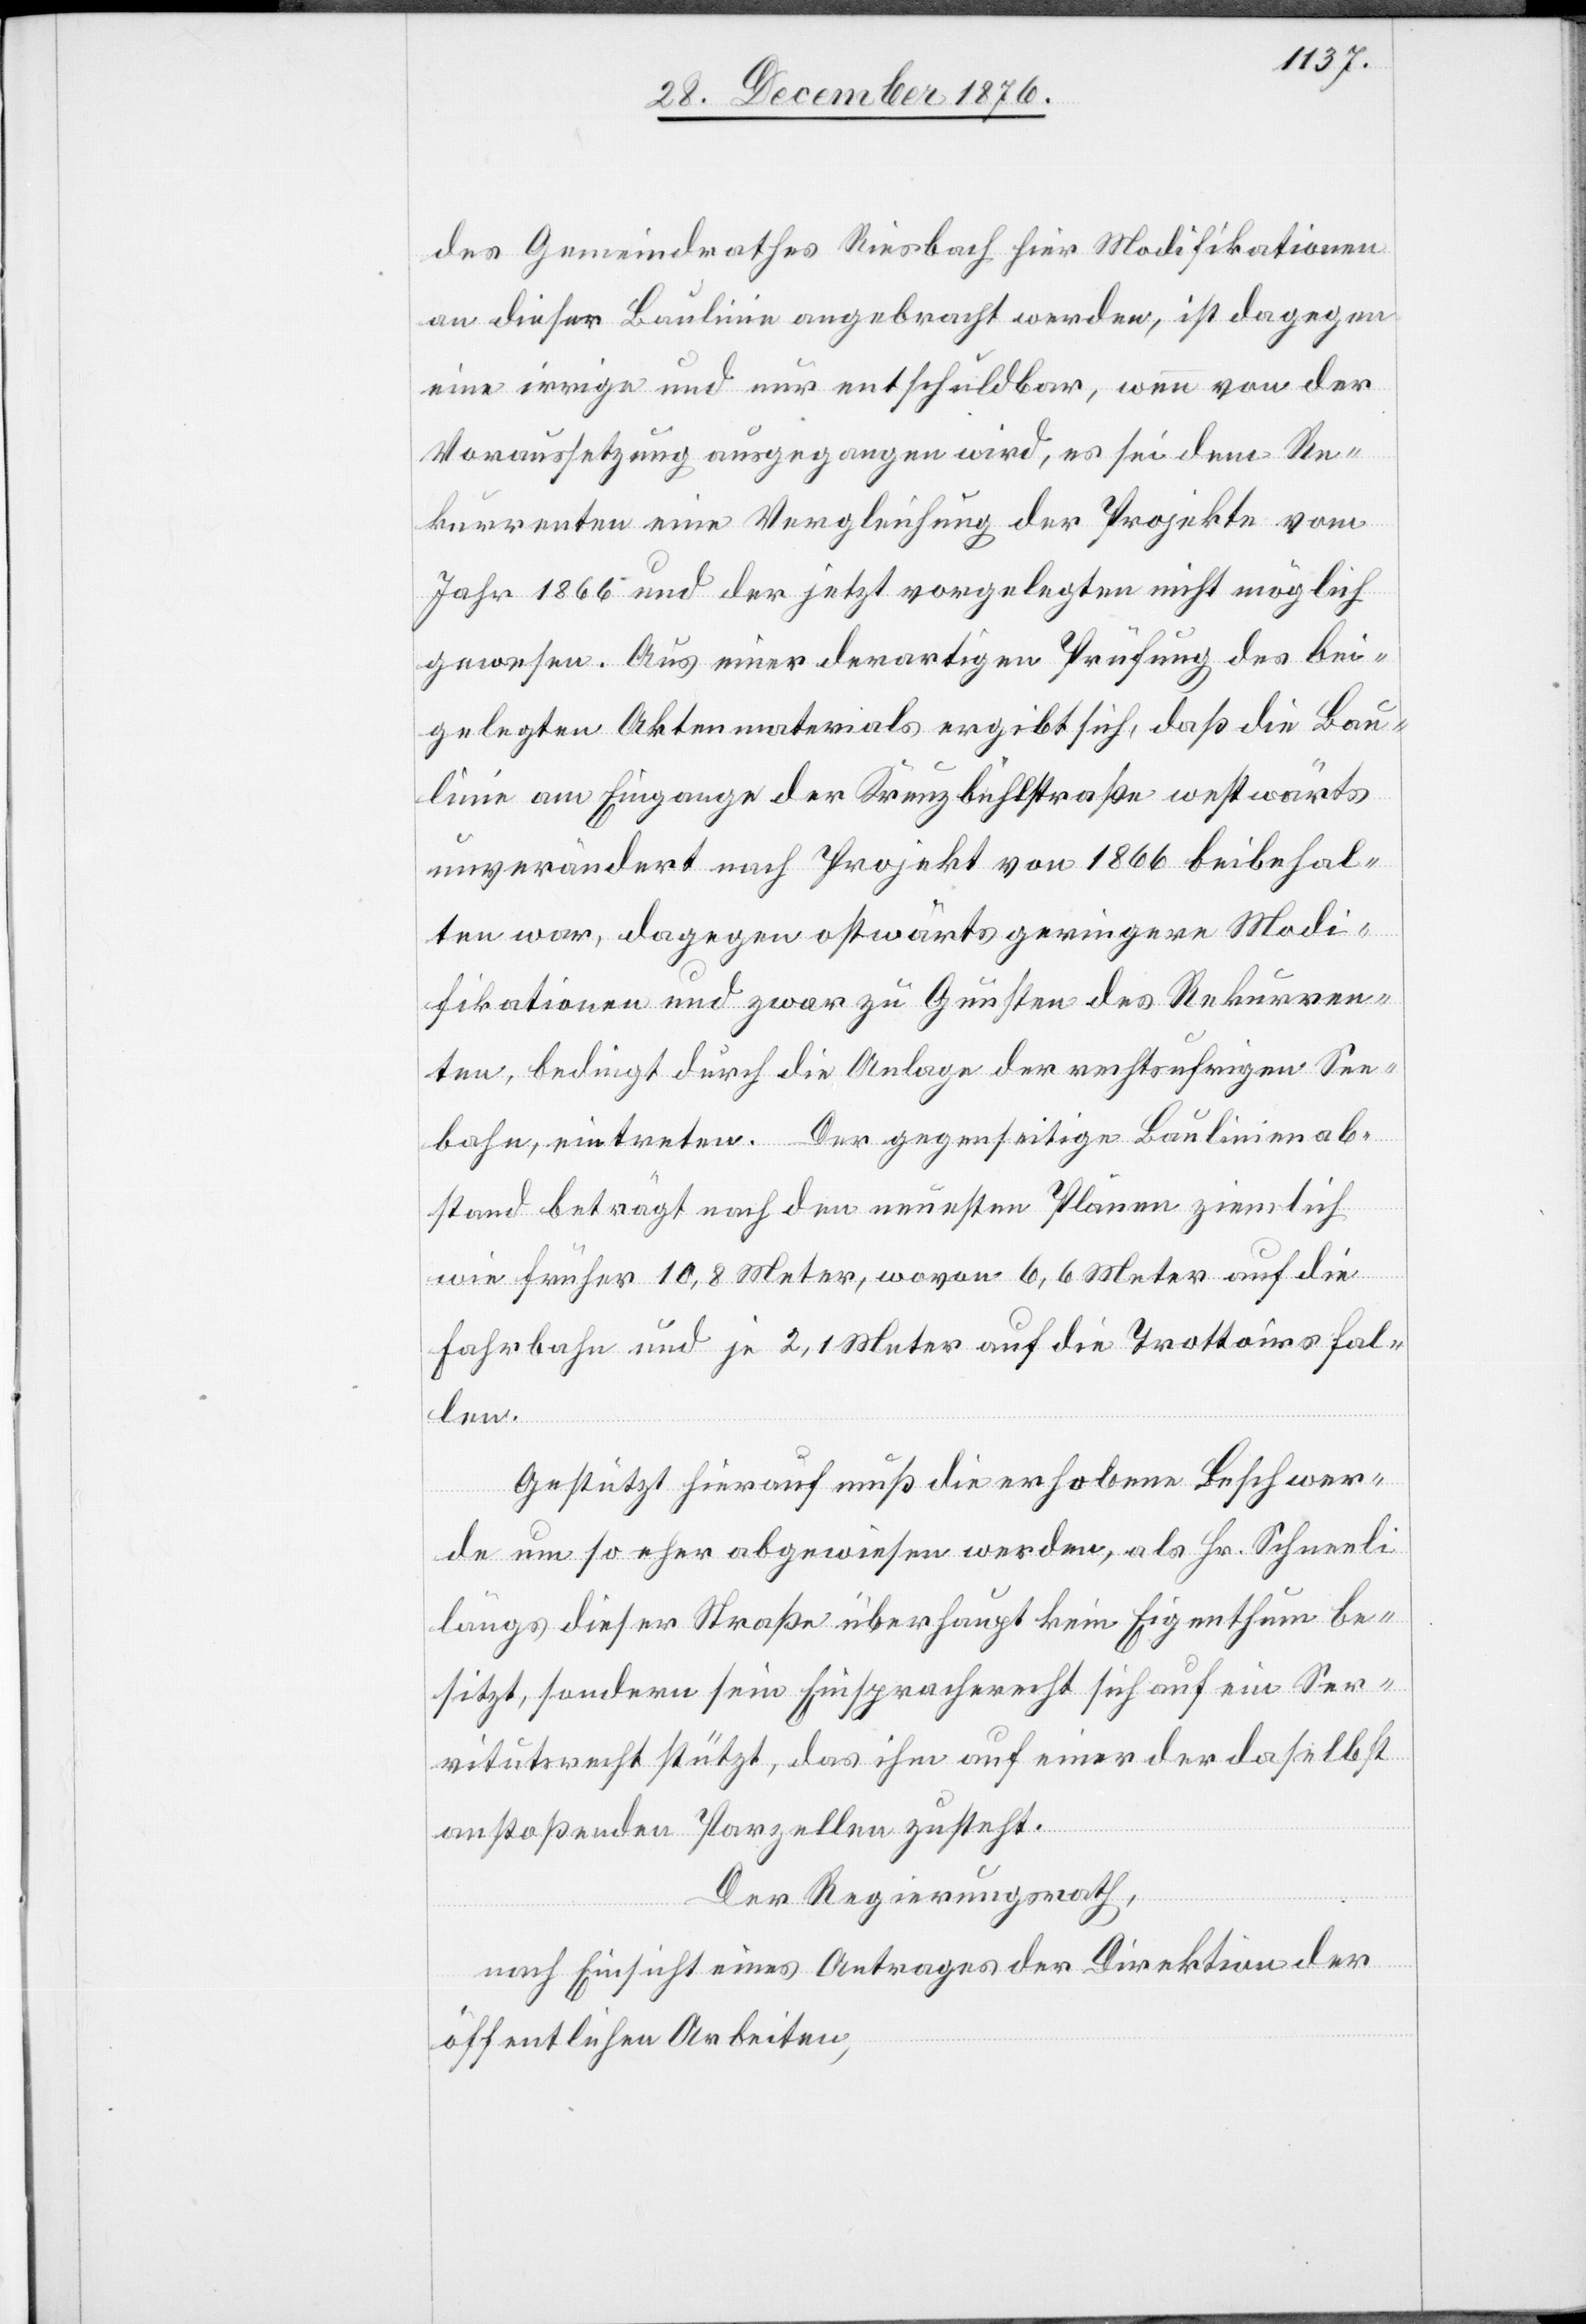
des Gemeindrathes Riesbach hier Modifikationen
an dieser Baulinie angebracht werden [recte: worden],
eine irrige und nur entschuldbar, wenn von der
Voraussetzung ausgegangen wird, es sei dem Re¬
kurrenten eine Vergleichung der Projekte vom
Jahr 1866 und der jetzt vorgelegten nicht möglich
gewesen. Aus einer derartigen Prüfung des bei¬
gelegten Aktenmaterials ergibt sich, daß die Bau¬
linie am Eingange der Kreuzbühlstraße westwärts
unverändert nach Projekt von 1866 beibehal¬
ten war, dagegen ostwärts geringere Modi¬
fikationen und zwar zu Gunsten des Rekurren¬
ten, bedingt durch die Anlage der rechtsufrigen See¬
bahn, eintreten. Der gegenseitige Baulinienab¬
stand beträgt nach den neuesten Plänen ziemlich
wie früher 10,8 Meter, wovon 6,6 Meter auf die
Fahrbahn und je 2,1 Meter auf die Trottoirs fal¬
len.
Gestützt hierauf muß die erhobene Beschwer¬
de um so eher abgewiesen werden, als Hr. Schneeli
längs dieser Straße überhaupt kein Eigenthum be¬
sitzt, sondern sein Einspracherecht sich auf ein Ser¬
vitutsrecht stützt, das ihm auf einer der daselbst
anstoßenden Parzellen zusteht.
Der Regierungsrath,
nach Einsicht eines Antrages der Direktion der
öffentlichen Arbeiten,